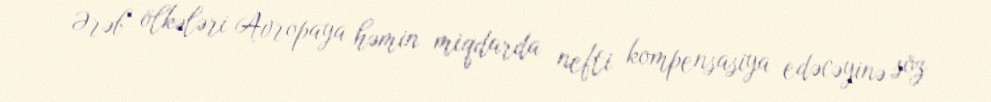
Ərəb ölkələri Avropaya həmin miqdarda nefti kompensasiya edəcəyinə söz